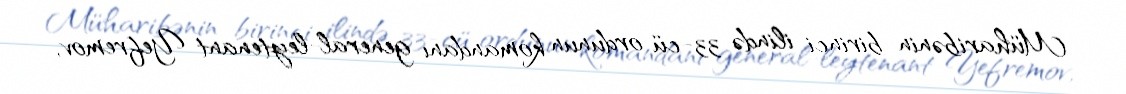
Müharibənin birinci ilində 33-cü ordunun komandanı general-leytenant Yefremov,